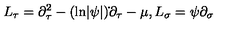
L _ { \tau } = \partial _ { \tau } ^ { 2 } - ( \mathrm { l n } | \psi | ) \dot { } \partial _ { \tau } - \mu , L _ { \sigma } = \psi \partial _ { \sigma }